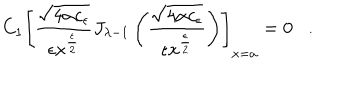
LaTeX: C _ { 1 } \left[ \frac { \sqrt { 4 \alpha c _ { \epsilon } } } { \epsilon x ^ { \frac { \epsilon } { 2 } } } J _ { { \lambda } - 1 } \left( \frac { \sqrt { 4 \alpha c _ { \epsilon } } } { \epsilon x ^ { \frac { \epsilon } { 2 } } } \right) \right] _ { x = a } = 0 .